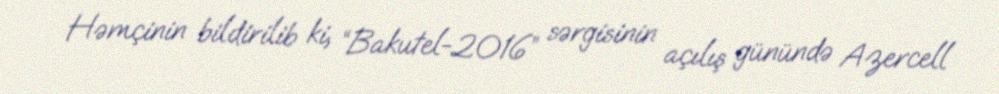
Həmçinin bildirilib ki, “Bakutel-2016” sərgisinin açılış günündə Azercell